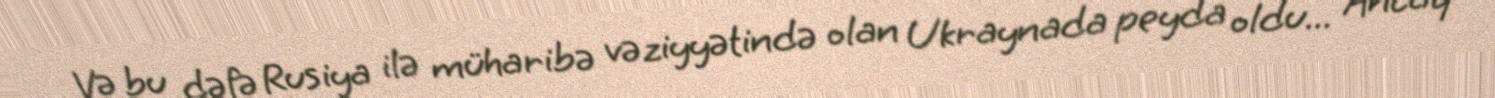
Və bu dəfə Rusiya ilə müharibə vəziyyətində olan Ukraynada peyda oldu... Ancaq